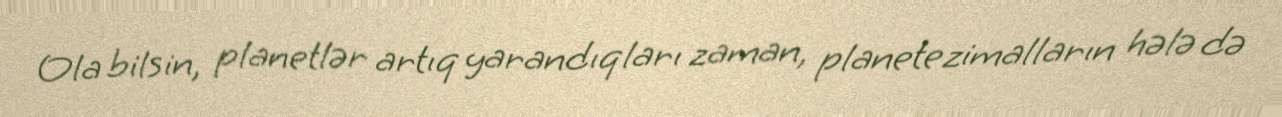
Ola bilsin, planetlər artıq yarandıqları zaman, planetezimalların hələ də